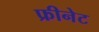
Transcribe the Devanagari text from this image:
फ्रीनेट